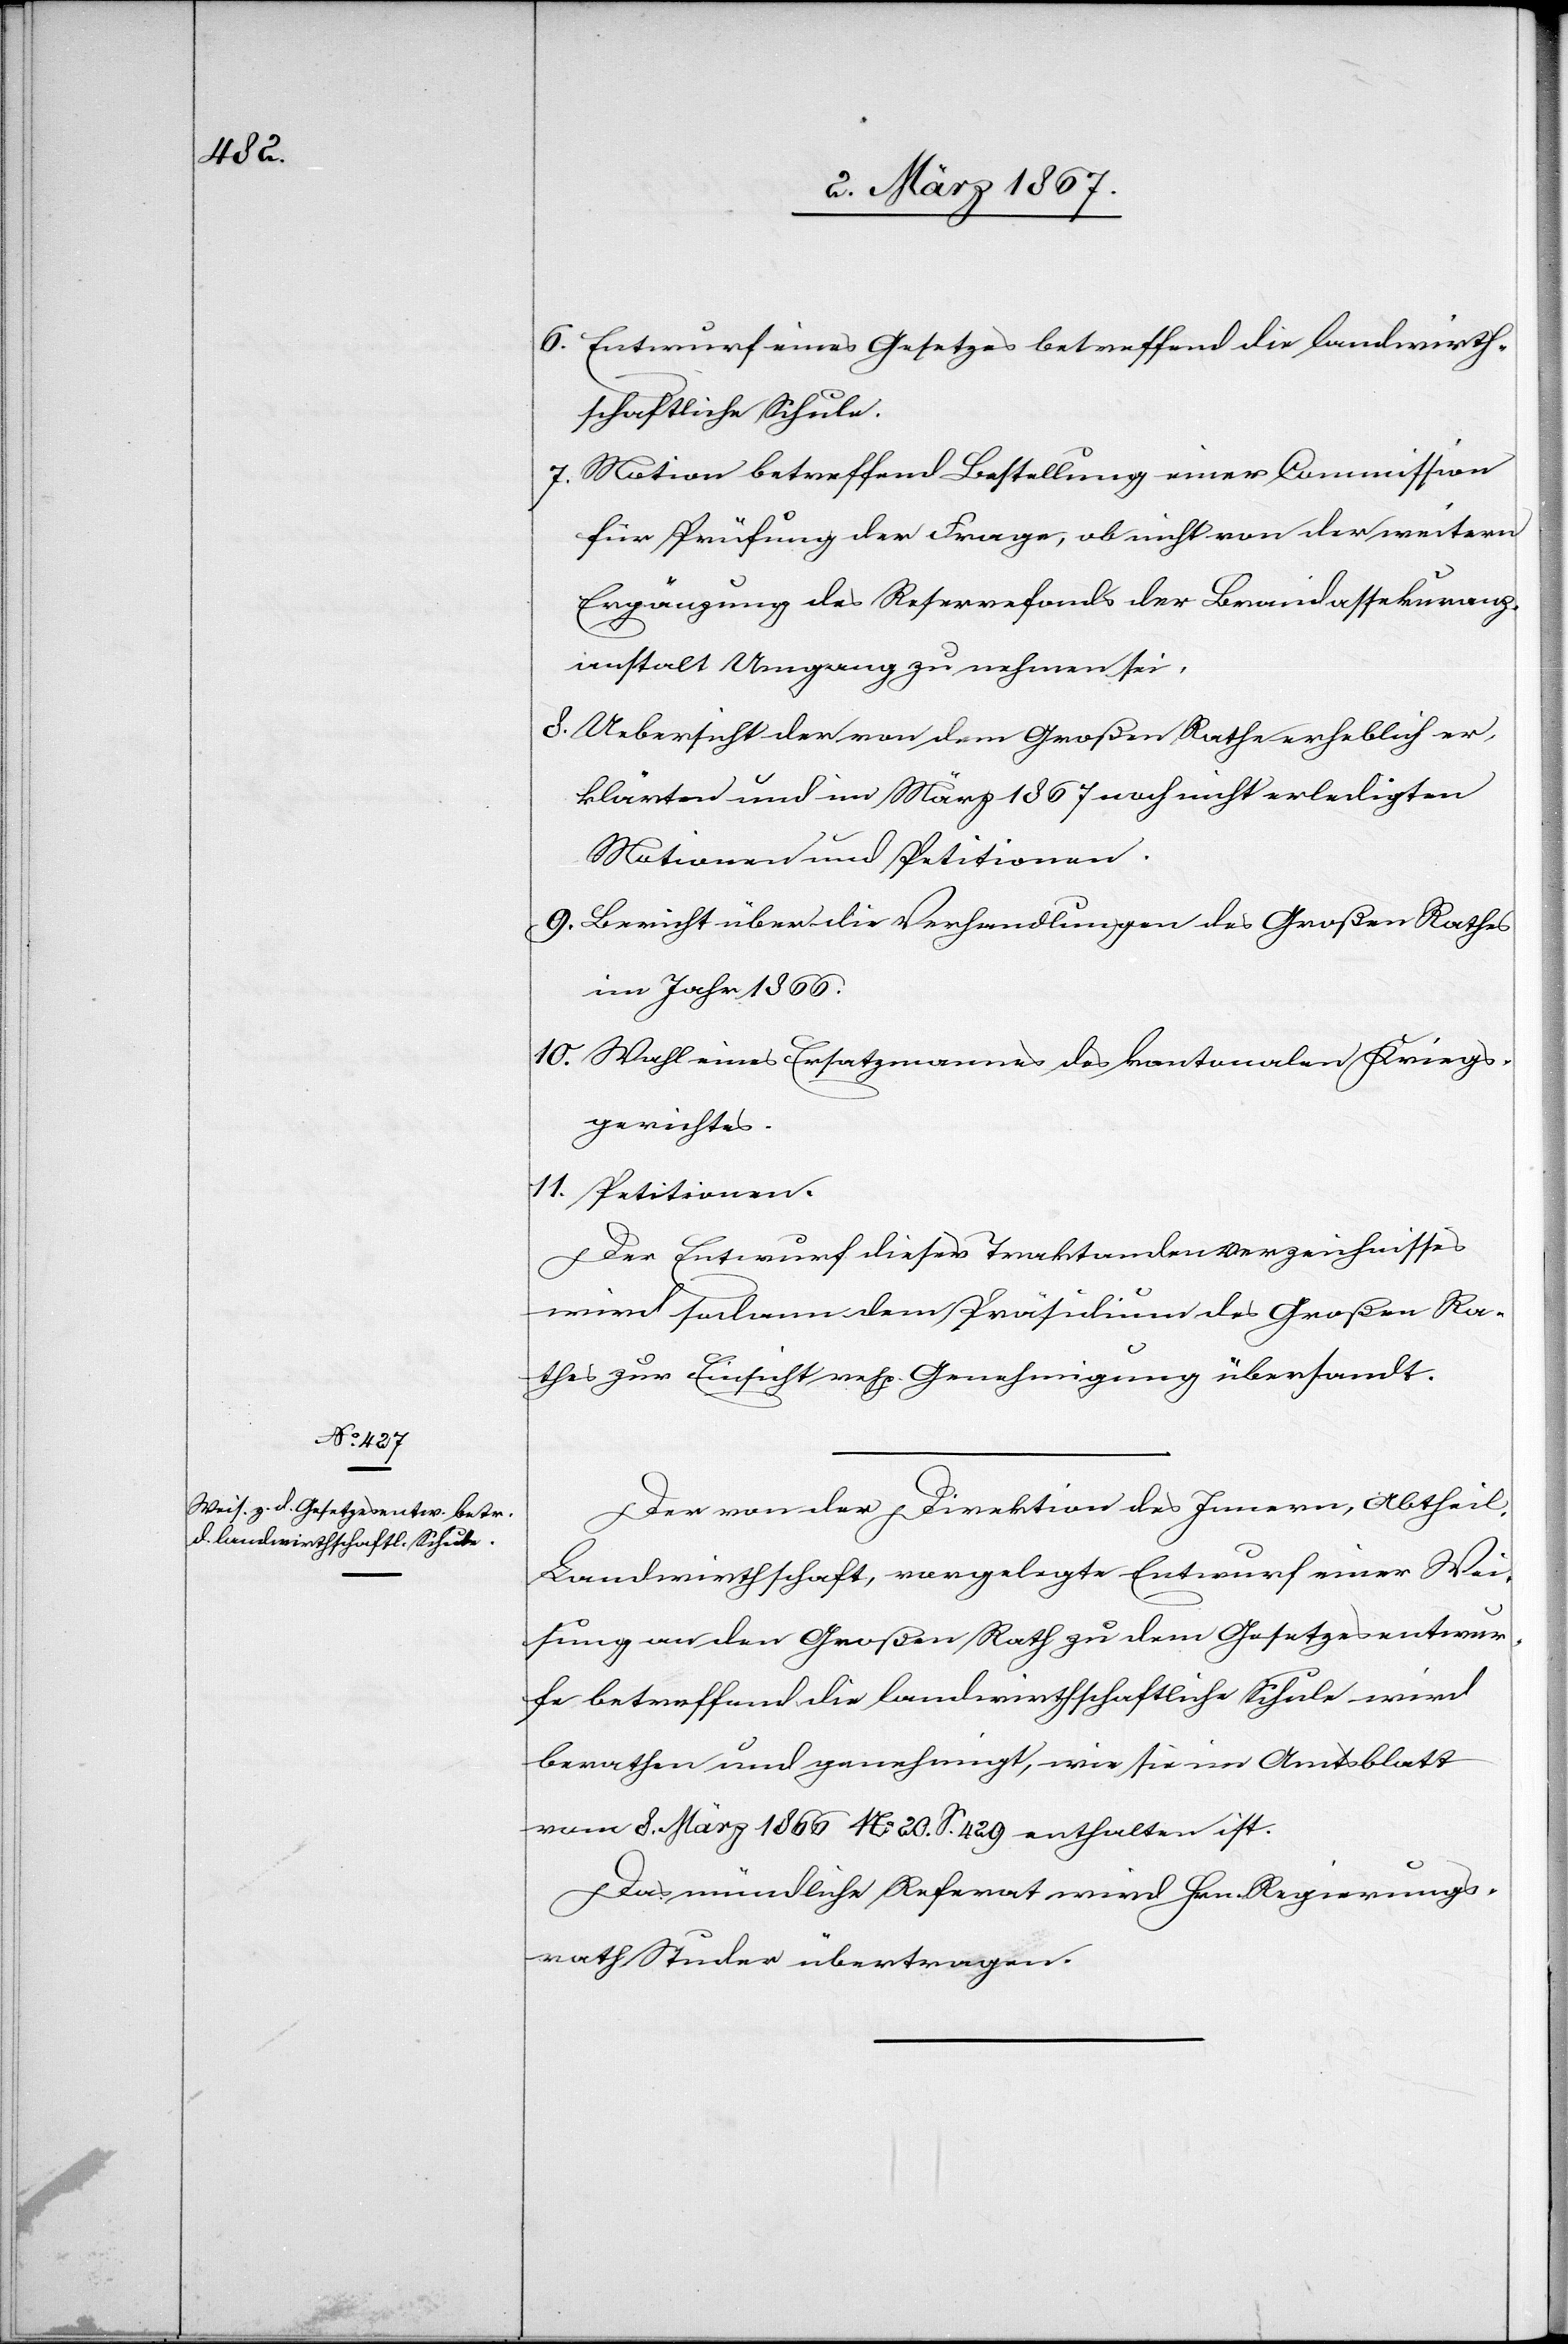
6. Entwurf eines Gesetzes betreffend die landwirth¬
schaftliche Schule.
7. Motion betreffend Bestellung einer Commission
für Prüfung der Frage, ob nicht von der weitern
Ergänzung des Reservefonds der Brandassekuranz¬
anstalt Umgang zu nehmen sei.
8. Uebersicht der von dem Großen Rathe erheblich er¬
klärten und im März 1867 noch nicht erledigten
Motionen und Petitionen.
9. Bericht über die Verhandlungen des Großen Rathes
im Jahr 1866.
10. Wahl eines Ersatzmannes des kantonalen Kriegs¬
gerichtes.
11. Petitionen.
Der Entwurf dieses Traktandenverzeichnisses
wird sodann dem Präsidium des Großen Ra¬
thes zur Einsicht resp. Genehmigung übersandt.
Der von der Direktion des Innern, Abtheil.
Landwirthschaft, vorgelegte Entwurf einer Wei¬
sung an den Großen Rath zu dem Gesetzesentwur¬
fe betreffend die landwirthschaftliche Schule wird
berathen und genehmigt, wie sie im Amtsblatt
vom 8. März 1866 No. 20. S. 429 enthalten ist.
Das mündliche Referat wird Hrn. Regierungs¬
rath Studer übertragen.